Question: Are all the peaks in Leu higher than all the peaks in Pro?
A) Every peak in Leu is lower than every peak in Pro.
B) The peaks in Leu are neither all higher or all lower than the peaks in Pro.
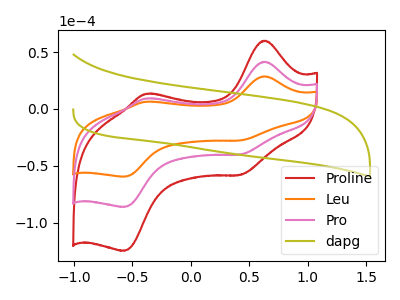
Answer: <think>The red curve "Proline" has anodic peaks at (0.65V, 83.05uA) (-0.40V, 18.40uA) and cathodic peaks at (0.40V, -80.15uA) (-0.55V, -172.35uA). The orange curve "Leu" has anodic peaks at (0.65V, 28.70uA) (-0.40V, 6.35uA) and cathodic peaks at (0.40V, -27.70uA) (-0.55V, -59.50uA). The pink curve "Pro" has anodic peaks at (0.65V, 41.55uA) (-0.40V, 9.20uA) and cathodic peaks at (0.40V, -40.10uA) (-0.55V, -86.20uA). The olive curve "dapg" has no peaks.</think>
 <answer>A) Every peak in "Leu" is lower than every peak in "Pro".</answer>
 <eval>A</eval>